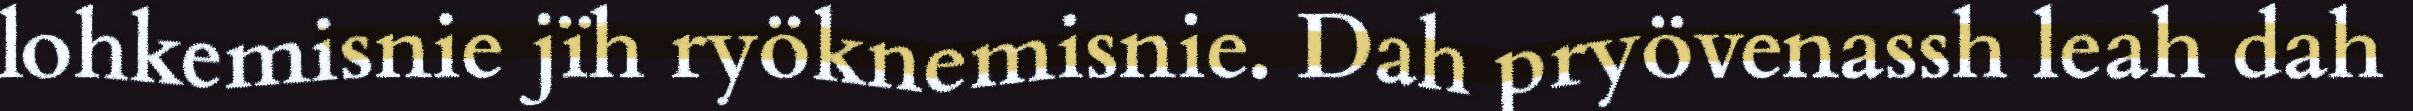
lohkemisnie jïh ryöknemisnie. Dah pryövenassh leah dah